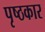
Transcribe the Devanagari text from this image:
पृष्ठकार